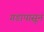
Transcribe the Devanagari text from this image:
गडापासून